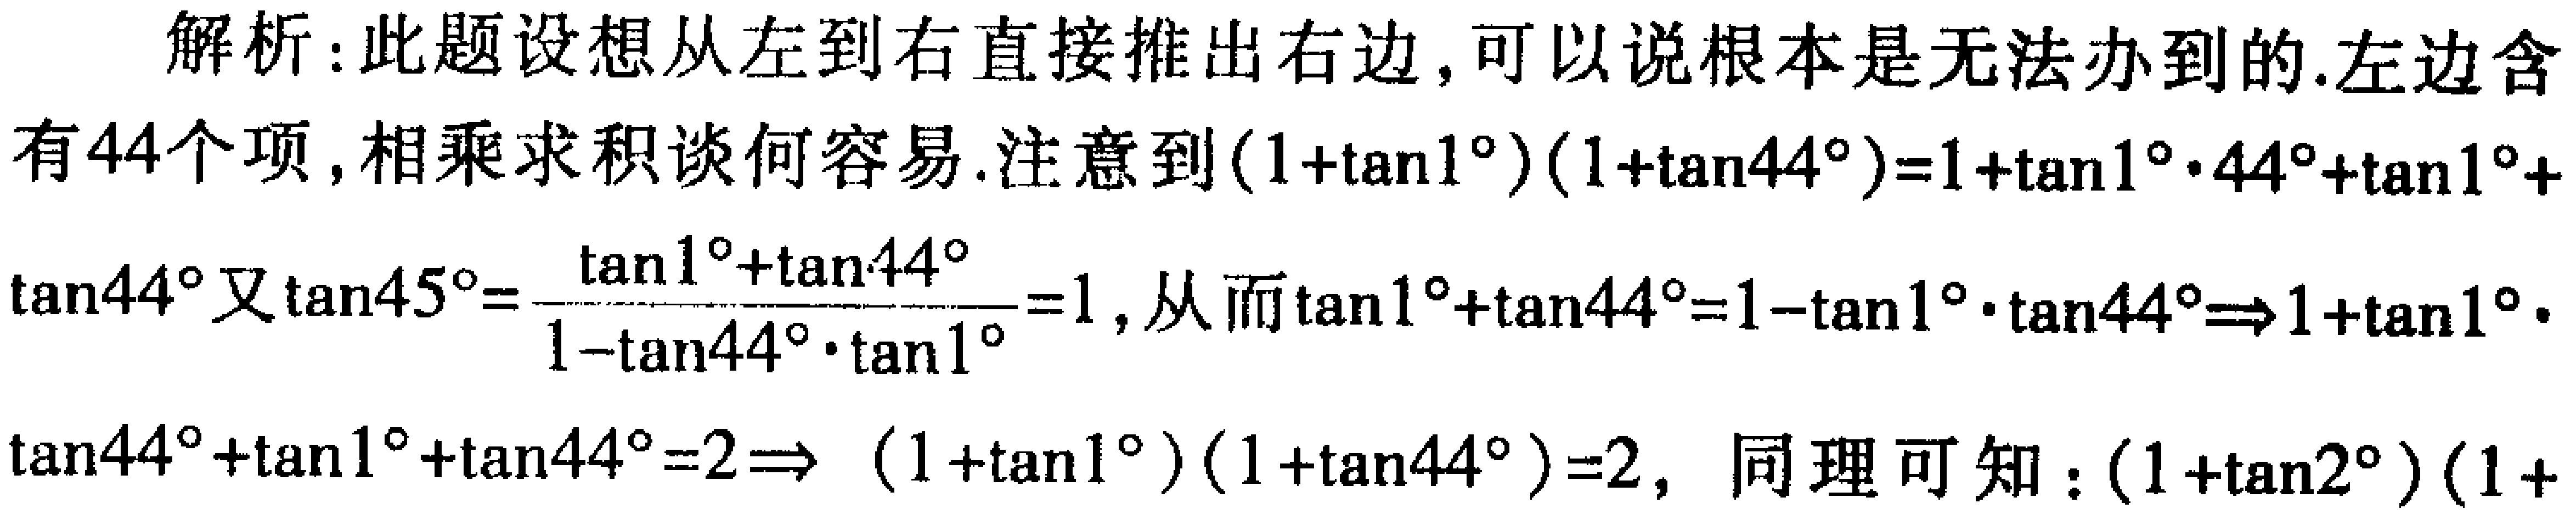
解析：此题设想从左到右直接推出右边，可以说根本是无法办到的.左边含有44个项, 相乘求积谈何容易.注意到\((1 + \tan1^{\circ})(1+\tan44^{\circ})=1+\tan1^{\circ}\cdot44^{\circ}+\tan1^{\circ}+\tan44^{\circ}\)又\(\tan45^{\circ}=\frac{\tan1^{\circ}+\tan44^{\circ}}{1 - \tan44^{\circ}\cdot\tan1^{\circ}}=1\), 从而\(\tan1^{\circ}+\tan44^{\circ}=1-\tan1^{\circ}\cdot\tan44^{\circ}\Rightarrow1+\tan1^{\circ}\cdot\tan44^{\circ}+\tan1^{\circ}+\tan44^{\circ}=2\Rightarrow (1 + \tan1^{\circ})(1+\tan44^{\circ})=2\), 同理可知：\((1 + \tan2^{\circ})(1+\)